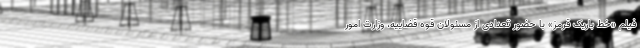
فیلم «خط باریک قرمز» با حضور تعدادی از مسئولان قوه قضاییه، وزارت امور